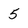
Character: 5